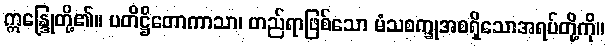
ဣန္ဒြေုတို့၏။ ပတိဋ္ဌိတောကာသာ၊ တည်ရာဖြစ်သော မံသစက္ခုအစရှိသောအရပ်တို့ကို။